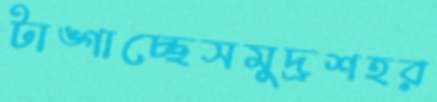
টাঙ্গাচ্ছেসমুদ্রশহর